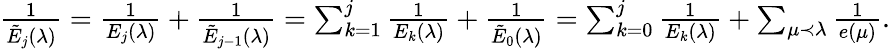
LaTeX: \begin{array}{r}{\frac{1}{\tilde{E}_{j}(\lambda)}=\frac{1}{E_{j}(\lambda)}+\frac{1}{\tilde{E}_{j-1}(\lambda)}=\sum_{k=1}^{j}\frac{1}{E_{k}(\lambda)}+\frac{1}{\tilde{E}_{0}(\lambda)}=\sum_{k=0}^{j}\frac{1}{E_{k}(\lambda)}+\sum_{\mu\prec\lambda}\frac{1}{e(\mu)}.}\end{array}